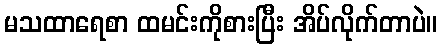
မသထာရေစာ ထမင်းကိုစားပြီး အိပ်လိုက်တာပဲ။